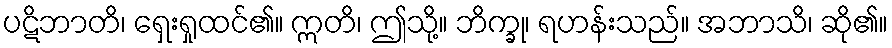
ပဋိဘာတိ၊ ရှေးရှုထင်၏။ ဣတိ၊ ဤသို့။ ဘိက္ခု၊ ရဟန်းသည်။ အဘာသိ၊ ဆို၏။